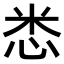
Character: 𢘻